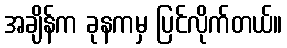
အချိန်က ခုနကမှ ပြင်လိုက်တယ်။